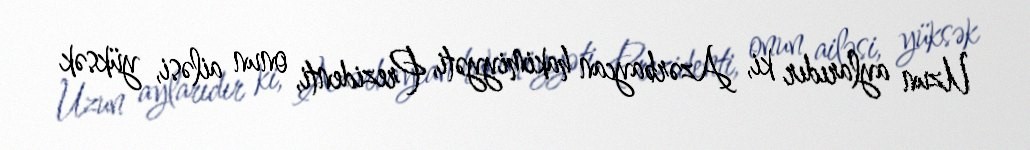
Uzun aylarıdır ki, Azərbaycan hakimiyyəti, Prezidenti, onun ailəsi, yüksək